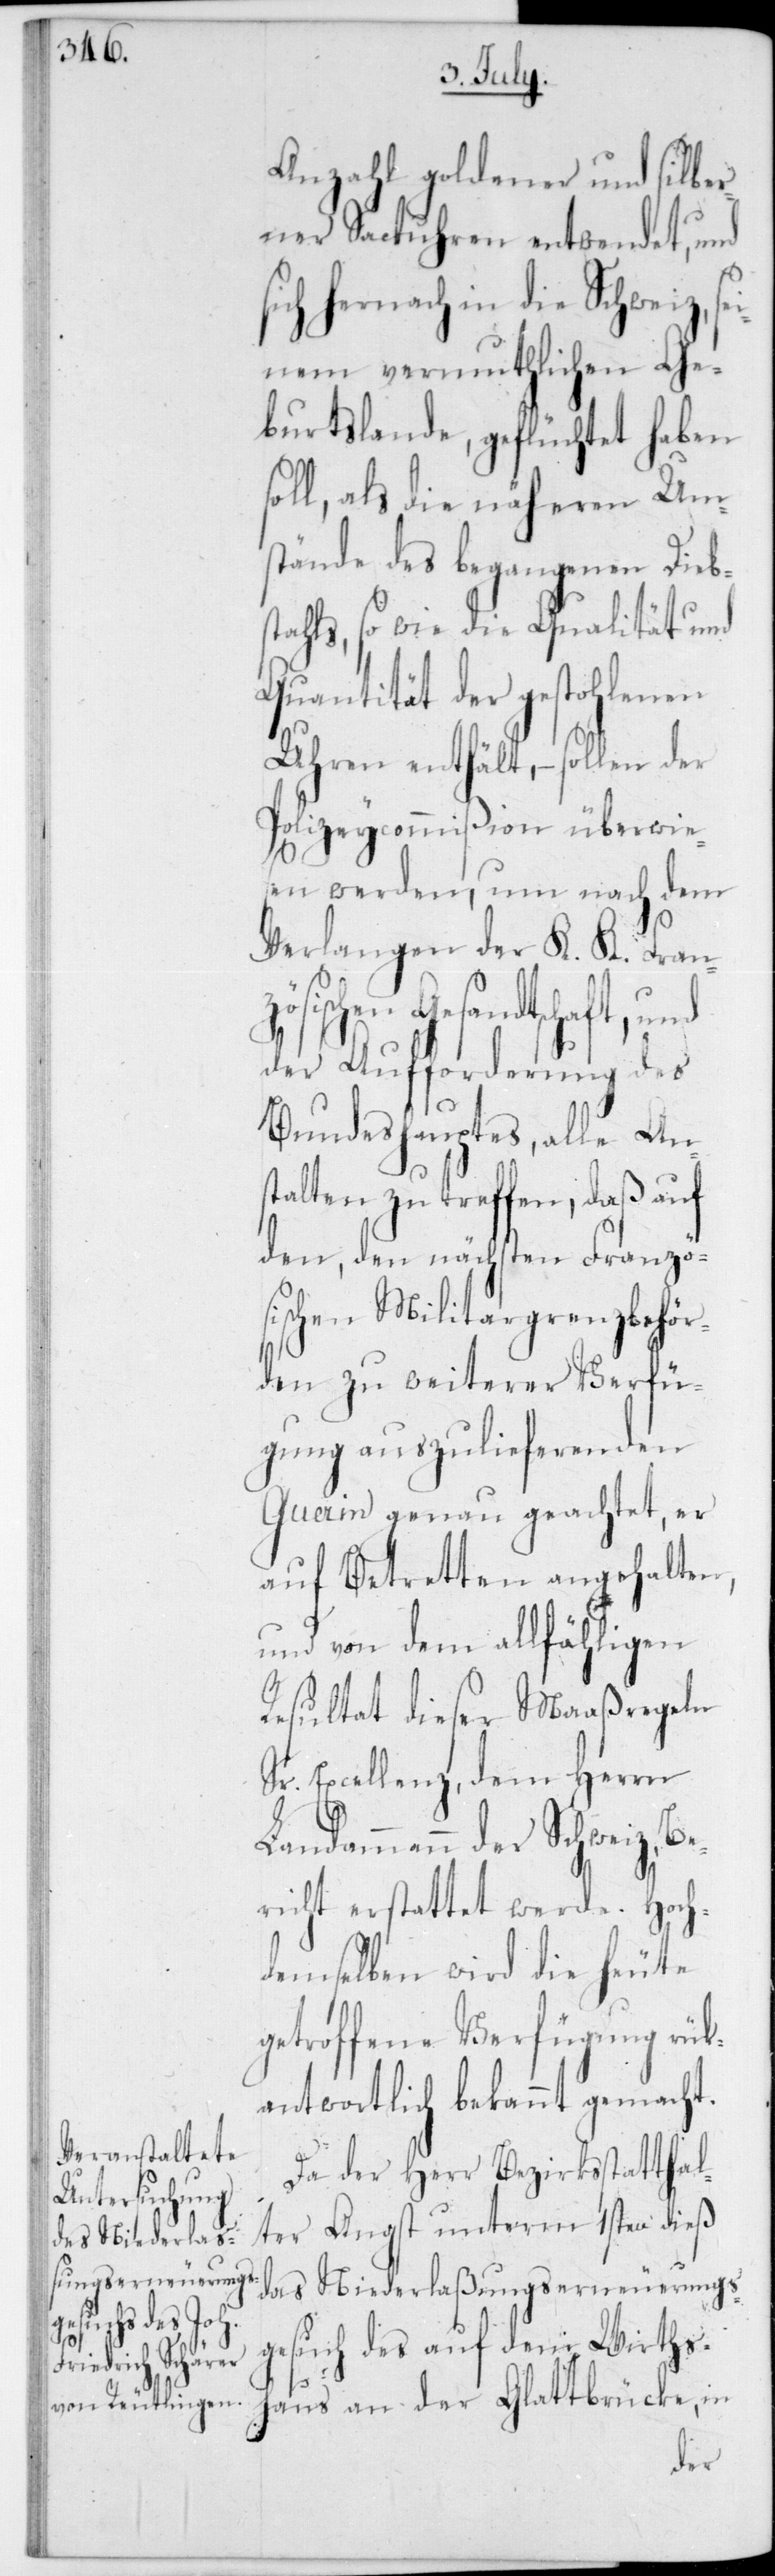
Anzahl goldener und silber¬
ner Sackuhren entwendet, und
hernach in die Schweiz,
seinem vermuthlichen Ge¬
burtslande, geflüchtet haben
soll, als die näheren Um¬
stände des begangenen Diebs¬
tahls, sowie die Qualität und
Quantität der gestohlenen
Uhren enthält, – sollen der
Polizeycommißion überwie¬
sen werden, um nach dem
Verlangen der K. K. Franz¬
ösischen Gesandtschaft, und
der Aufforderung des
Bundeshauptes, alle Ans¬
talten zu treffen, daß auf
den, den nächsten Franzö¬
sischen Militargrenzbehör¬
den zu weiterer Verfü¬
gung auszulieferenden
Guerin genau geachtet, er
auf Betretten angehalten,
und von dem allfähligen
Resultat dieser Maaßregeln
Sr. Excellenz, dem Herrn
Landammann der Schweiz, B¬
richt erstattet werde. Hoch¬
demselben wird die heute
getroffene Verfügung rük¬
antwortlich bekannt gemacht.
Da der Herr Bezirksstatthal¬
ter Angst unterm 1sten dieß
das Niederlaßungserneuerungs¬
gesuch des auf dem Wirths¬
haus an der Glattbrücke, in
e¬